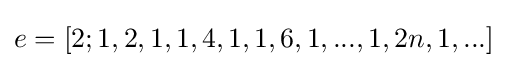
e=[2;1,2,1,1,4,1,1,6,1,...,1,2n,1,...]